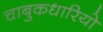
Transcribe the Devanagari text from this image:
चाबुकधारियो